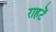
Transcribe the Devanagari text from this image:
राहटें